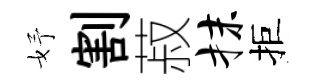
妤割菽抹拒